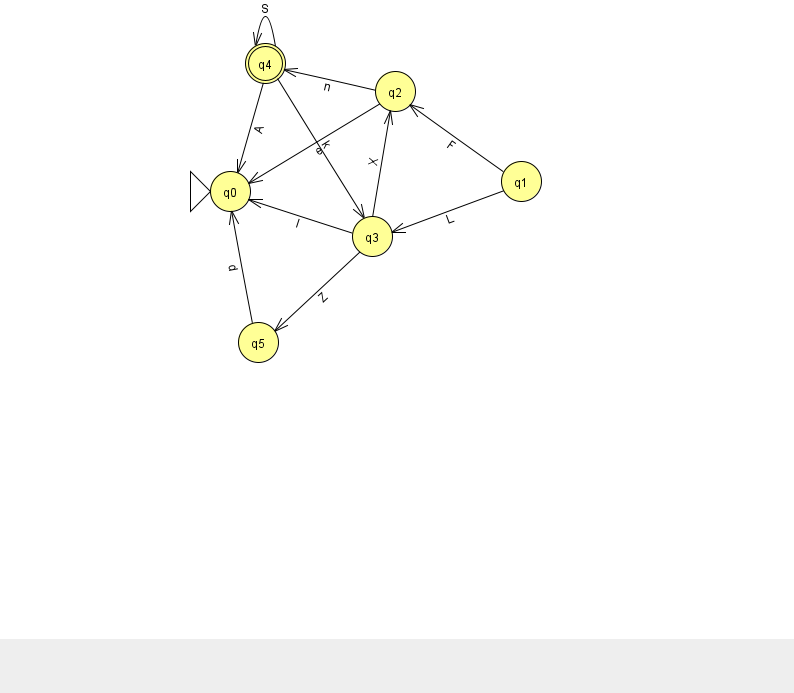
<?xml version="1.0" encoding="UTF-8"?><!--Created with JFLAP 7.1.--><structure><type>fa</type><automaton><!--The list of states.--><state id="0" name="q0"><x>230.0</x><y>178.0</y><initial/></state><state id="1" name="q1"><x>521.0</x><y>168.0</y></state><state id="2" name="q2"><x>395.0</x><y>78.0</y></state><state id="3" name="q3"><x>372.0</x><y>223.0</y></state><state id="4" name="q4"><x>265.0</x><y>50.0</y><final/></state><state id="5" name="q5"><x>258.0</x><y>329.0</y></state><!--The list of transitions.--><transition><from>2</from><to>4</to><read>n</read></transition><transition><from>3</from><to>2</to><read>X</read></transition><transition><from>4</from><to>4</to><read>S</read></transition><transition><from>5</from><to>0</to><read>d</read></transition><transition><from>4</from><to>0</to><read>A</read></transition><transition><from>3</from><to>5</to><read>Z</read></transition><transition><from>3</from><to>0</to><read>I</read></transition><transition><from>2</from><to>0</to><read>e</read></transition><transition><from>1</from><to>2</to><read>F</read></transition><transition><from>1</from><to>3</to><read>L</read></transition><transition><from>4</from><to>3</to><read>k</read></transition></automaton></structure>